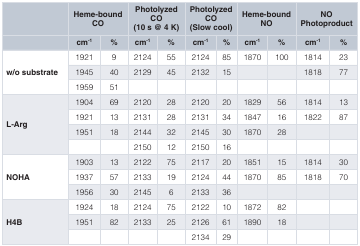
<table><thead><tr><td></td><td colspan="2"><b>Heme-boundCO</b></td><td colspan="2"><b>PhotolyzedCO(10 s @ 4 K)</b></td><td colspan="2"><b>PhotolyzedCO(Slow cool)</b></td><td colspan="2"><b>Heme-boundNO</b></td><td colspan="2"><b>NOPhotoproduct</b></td></tr><tr><td></td><td><b>cm<sup>-1</sup></b></td><td><b>%</b></td><td><b>cm<sup>-1</sup></b></td><td><b>%</b></td><td><b>cm<sup>-1</sup></b></td><td><b>%</b></td><td><b>cm<sup>-1</sup></b></td><td><b>%</b></td><td><b>cm<sup>-1</sup></b></td><td><b>%</b></td></tr></thead><tbody><tr><td rowspan="3"><b>w/o substrate</b></td><td>1921</td><td>9</td><td>2124</td><td>55</td><td>2124</td><td>85</td><td>1870</td><td>100</td><td>1814</td><td>23</td></tr><tr><td>1945</td><td>40</td><td>2129</td><td>45</td><td>2132</td><td>15</td><td></td><td></td><td>1818</td><td>77</td></tr><tr><td>1959</td><td>51</td><td></td><td></td><td></td><td></td><td></td><td></td><td></td><td></td></tr><tr><td rowspan="4"><b>L-Arg</b></td><td>1904</td><td>69</td><td>2120</td><td>28</td><td>2120</td><td>20</td><td>1829</td><td>56</td><td>1814</td><td>13</td></tr><tr><td>1921</td><td>13</td><td>2131</td><td>28</td><td>2131</td><td>34</td><td>1847</td><td>16</td><td>1822</td><td>87</td></tr><tr><td>1951</td><td>18</td><td>2144</td><td>32</td><td>2145</td><td>30</td><td>1870</td><td>28</td><td></td><td></td></tr><tr><td></td><td></td><td>2150</td><td>12</td><td>2150</td><td>16</td><td></td><td></td><td></td><td></td></tr><tr><td rowspan="3"><b>NOHA</b></td><td>1903</td><td>13</td><td>2122</td><td>75</td><td>2117</td><td>20</td><td>1851</td><td>15</td><td>1814</td><td>30</td></tr><tr><td>1937</td><td>57</td><td>2133</td><td>19</td><td>2124</td><td>44</td><td>1870</td><td>85</td><td>1818</td><td>70</td></tr><tr><td>1956</td><td>30</td><td>2145</td><td>6</td><td>2133</td><td>36</td><td></td><td></td><td></td><td></td></tr><tr><td rowspan="3"><b>H4B</b></td><td>1924</td><td>18</td><td>2124</td><td>75</td><td>2122</td><td>10</td><td>1872</td><td>82</td><td></td><td></td></tr><tr><td>1951</td><td>82</td><td>2133</td><td>25</td><td>2126</td><td>61</td><td>1890</td><td>18</td><td></td><td></td></tr><tr><td></td><td></td><td></td><td></td><td>2134</td><td>29</td><td></td><td></td><td></td><td></td></tr></tbody></table>